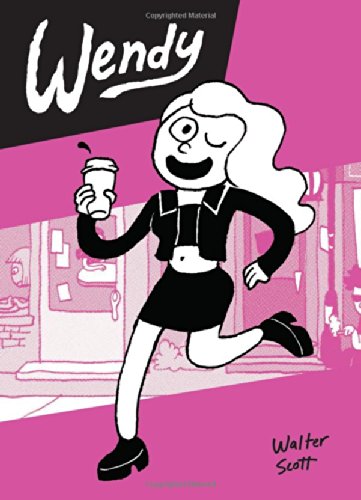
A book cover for Wendy; Walter Scott; Comics & Graphic Novels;